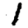
Digit: 1